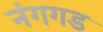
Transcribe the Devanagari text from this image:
नंगगड